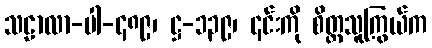
သဠာလာ-ပါ-၄၈၉၊ ဋ္ဌ-၁၃၉၊ ၎င်းကို စိတ္တသူကြွယ်က